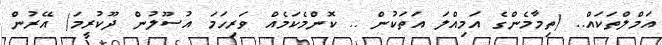
އަމްލްތަކައް.. (ތިމާމެންގެ އަމިއްލަ އަތަކުން .. ކޮންމެކަމެއް ވަރިހަމަ އުސޫލުން ދޫކުރީމަ) އޭރުން